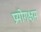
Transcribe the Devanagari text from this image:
प्रयोगक्षम